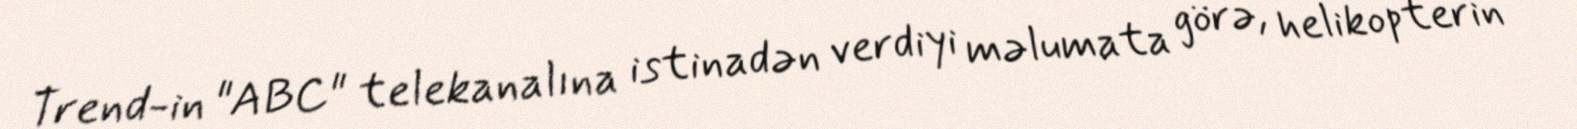
Trend-in "ABC" telekanalına istinadən verdiyi məlumata görə, helikopterin